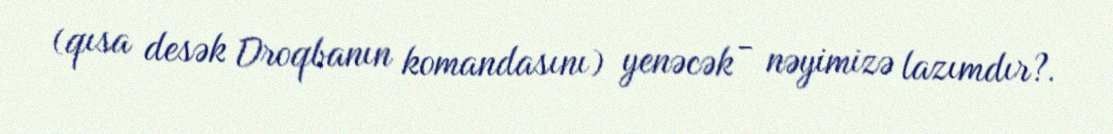
(qısa desək Droqbanın komandasını) yenəcək - nəyimizə lazımdır?.